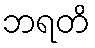
ဘရတိ